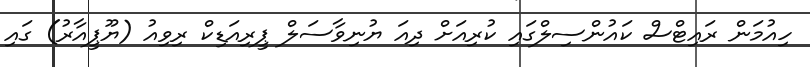
ހިއުމަން ރައިޓްސް ކައުންސިލްގައި ކުރިއަށް ދިއަ ޔުނިވާސަލް ޕީރިއަޑިކް ރިވިއު (ޔޫޕީއާރު) ގައި